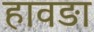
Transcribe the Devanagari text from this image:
हावङा